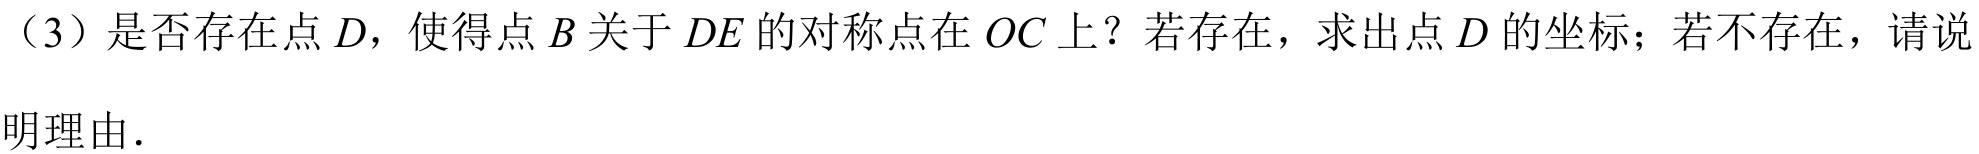
（3）是否存在点 \(D\)，使得点 \(B\) 关于 \(DE\) 的对称点在 \(OC\) 上？若存在，求出点 \(D\) 的坐标；若不存在，请说
明理由.